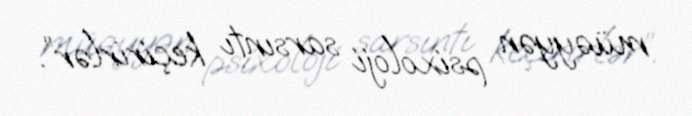
müəyyən psixoloji sarsıntı keçirirlər”.